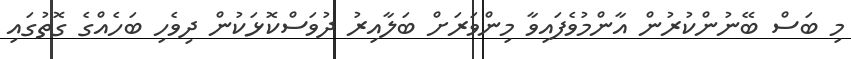
މި ބަސް ބޭނުންކުރުން އާންމުވެފައިވާ މިންވަރަށް ބަލާއިރު ދުވަސްކޮޅަކުން ދިވެހި ބަހެއްގެ ގޮތުގައި